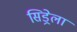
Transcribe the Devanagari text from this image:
सिड्रेला